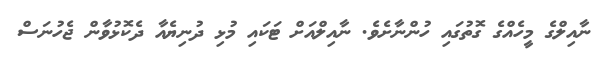
ނާއިލްގެ މީހެއްގެ ގޮތުގައި ހުންނާށެވެ. ނާއިލްއަށް ޓަކައި މުޅި ދުނިޔެއާ ދެކޮޅުވާން ޖެހުނަސް